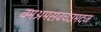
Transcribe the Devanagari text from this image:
क्मअमसवचउमदज